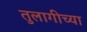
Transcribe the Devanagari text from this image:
तुलागीच्या